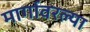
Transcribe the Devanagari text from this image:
मार्गावरल्या